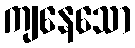
ကျနေသော